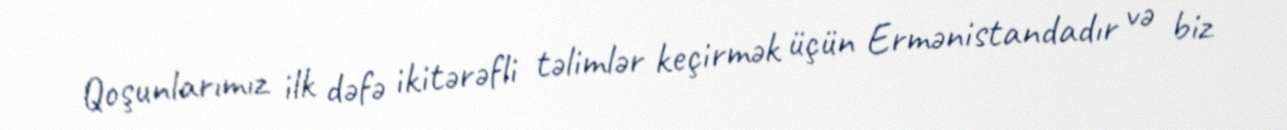
Qoşunlarımız ilk dəfə ikitərəfli təlimlər keçirmək üçün Ermənistandadır və biz